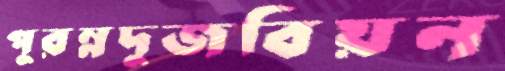
পুরম্নদুজবিয়ন